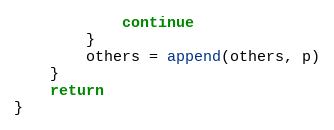
Language: Go
			continue
		}
		others = append(others, p)
	}
	return
}